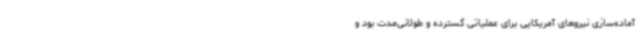
آماده‌سازی نیروهای آمریکایی برای عملیاتی گسترده و طولانی‌مدت بود و